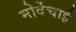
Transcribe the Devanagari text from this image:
मोर्देचाई